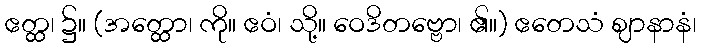
ဧတ္ထ၊ ၌။ (အတ္ထော၊ ကို။ ဧဝံ၊ သို့။ ဝေဒိတဗ္ဗော၊ ၏။) ဧတေသံ ဈာနာနံ၊